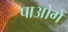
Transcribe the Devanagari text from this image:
पाओगें